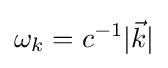
\omega _{k}=c^{-1}|{\vec {k}}|